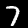
Label: 7